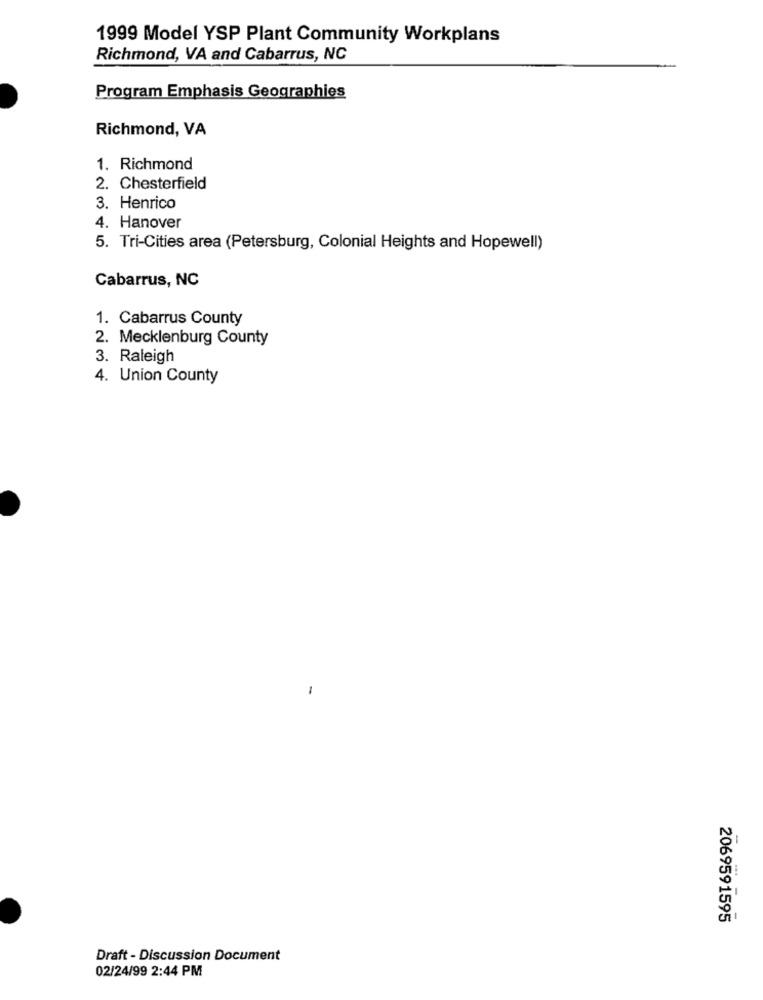
1999 Model YSP Plant Community Workplans
Richmond, VA and Cabarrus, NC
Program Emphasis Geographies
Richmond, VA
1. Richmond
2. Chesterfield
3. Henrico
4. Hanover
5. Tri-Cities area (Petersburg, Colonial Heights and Hopewell)
Cabarrus, NC
1. Cabarrus County
2. Mecklenburg County
3. Raleigh
4. Union County
2069591595
Draft - Discussion Document
02/24/99 2:44 PM